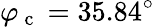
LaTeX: \varphi_{\mathrm{~c~}}=35.84^{\circ}